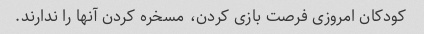
کودکان امروزی فرصت بازی کردن، مسخره کردن آنها را ندارند.